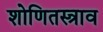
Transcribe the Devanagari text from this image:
शोणितस्त्राव